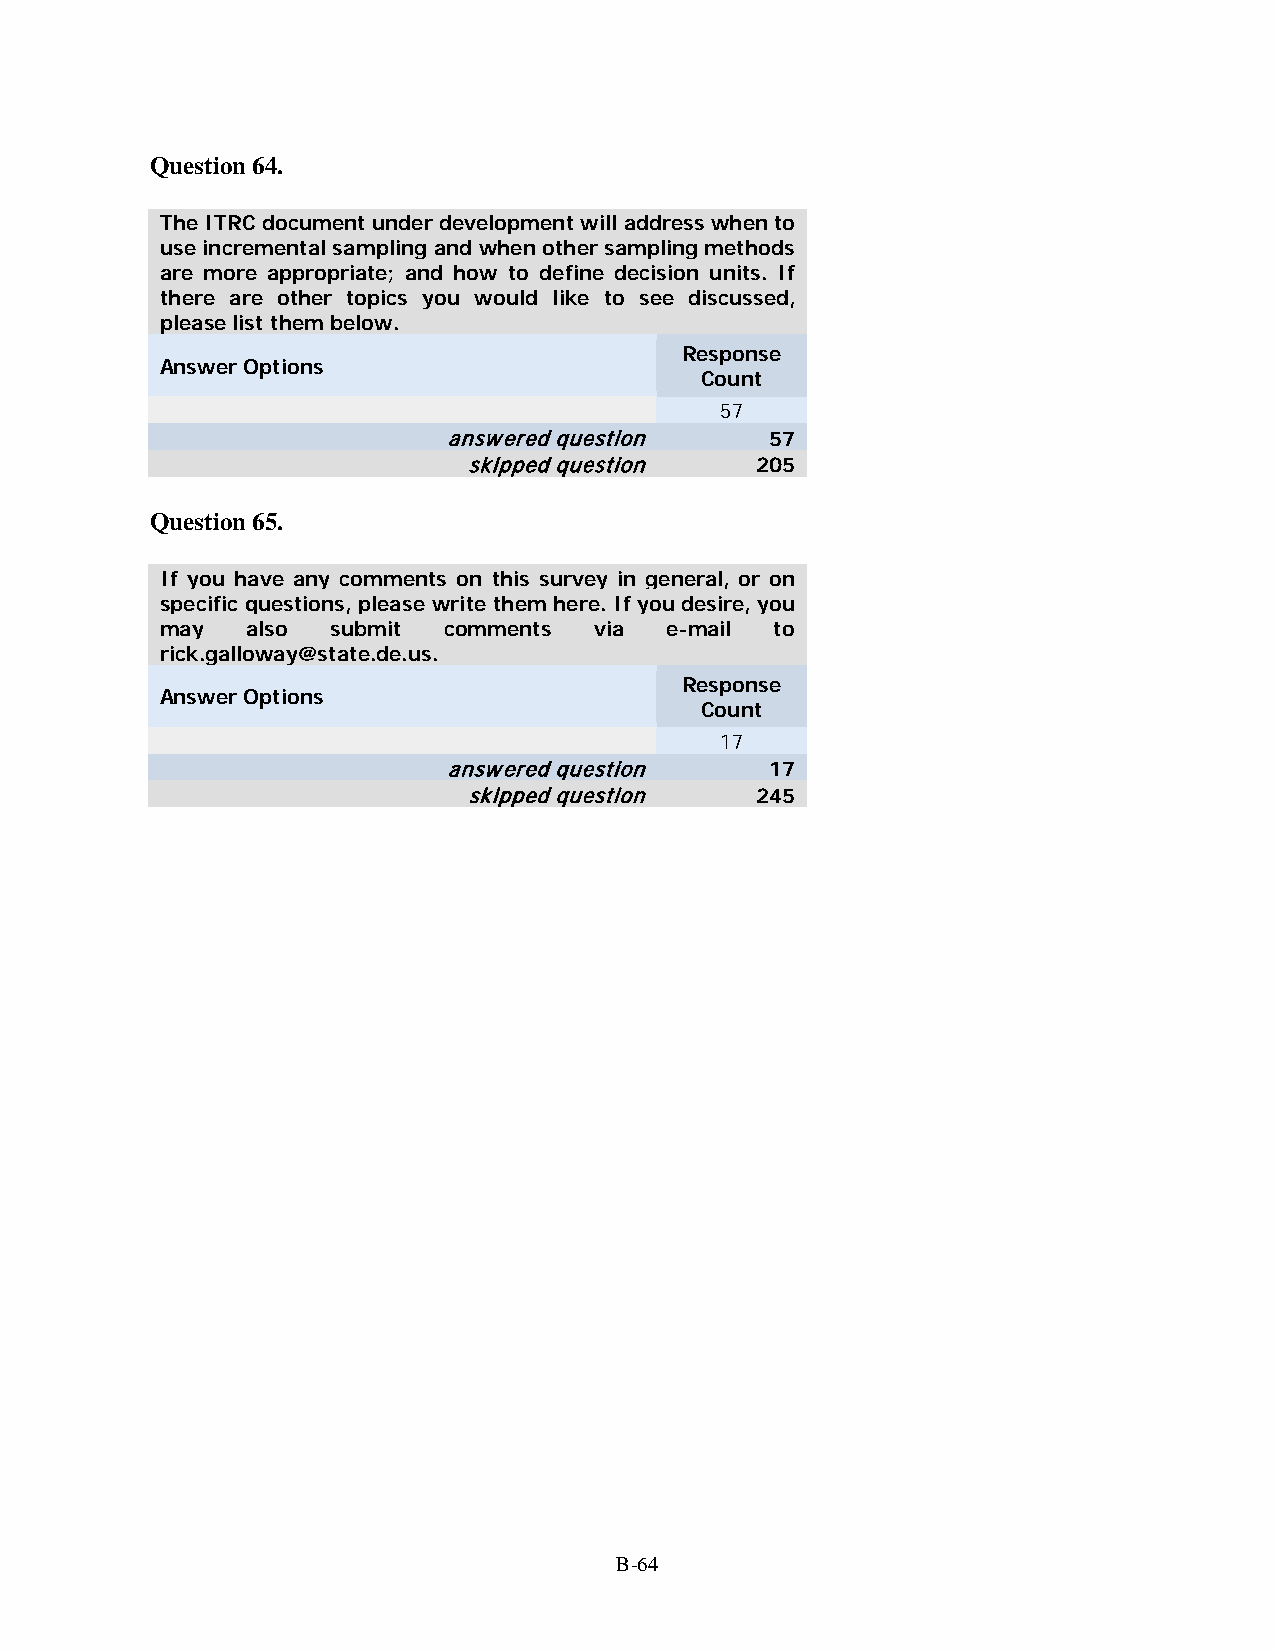
Question 64.
 The ITRC document under development will address when to
 use incremental sampling and when other sampling methods
 are more appropriate; and how to define decision units. If
 there are other topics you would like to see discussed,
 please list them below.
 Response
 Answer Options
 Count
 57
 answered question    57
 skipped question   205
 Question 65.
 If you have any comments on this survey in general, or on
 specific questions, please write them here. If you desire, you
 may  also  submit comments  via  e-mail to
 rick.galloway@state.de.us.
 Response
 Answer Options
 Count
 17
 answered question    17
 skipped question   245
 B-64